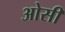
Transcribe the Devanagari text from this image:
ओसी